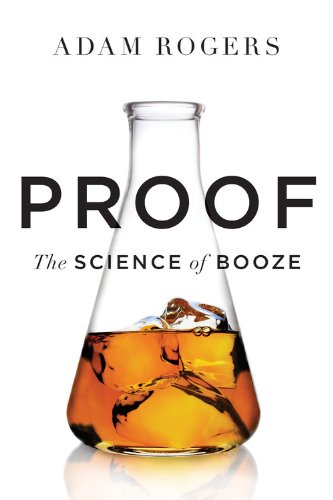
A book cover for Proof: The Science of Booze; Adam Rogers; Cookbooks, Food & Wine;